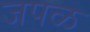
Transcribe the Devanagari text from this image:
जपळ